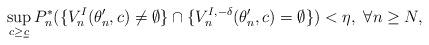
LaTeX: \begin{align*}\sup_{c \ge \underline{c}}P_n^*(\{V^I_n(\theta_n^\prime,c)\ne\emptyset\}\cap \{V_n^{I,-\delta}(\theta_n^\prime,c)=\emptyset\})<\eta,~\forall n\ge N,\end{align*}